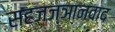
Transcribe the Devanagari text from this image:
सहजज्ञानवाद